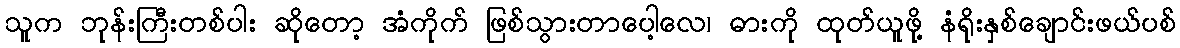
သူက ဘုန်းကြီးတစ်ပါး ဆိုတော့ အံကိုက် ဖြစ်သွားတာပေါ့လေ၊ ဓားကို ထုတ်ယူဖို့ နံရိုးနှစ်ချောင်းဖယ်ပစ်